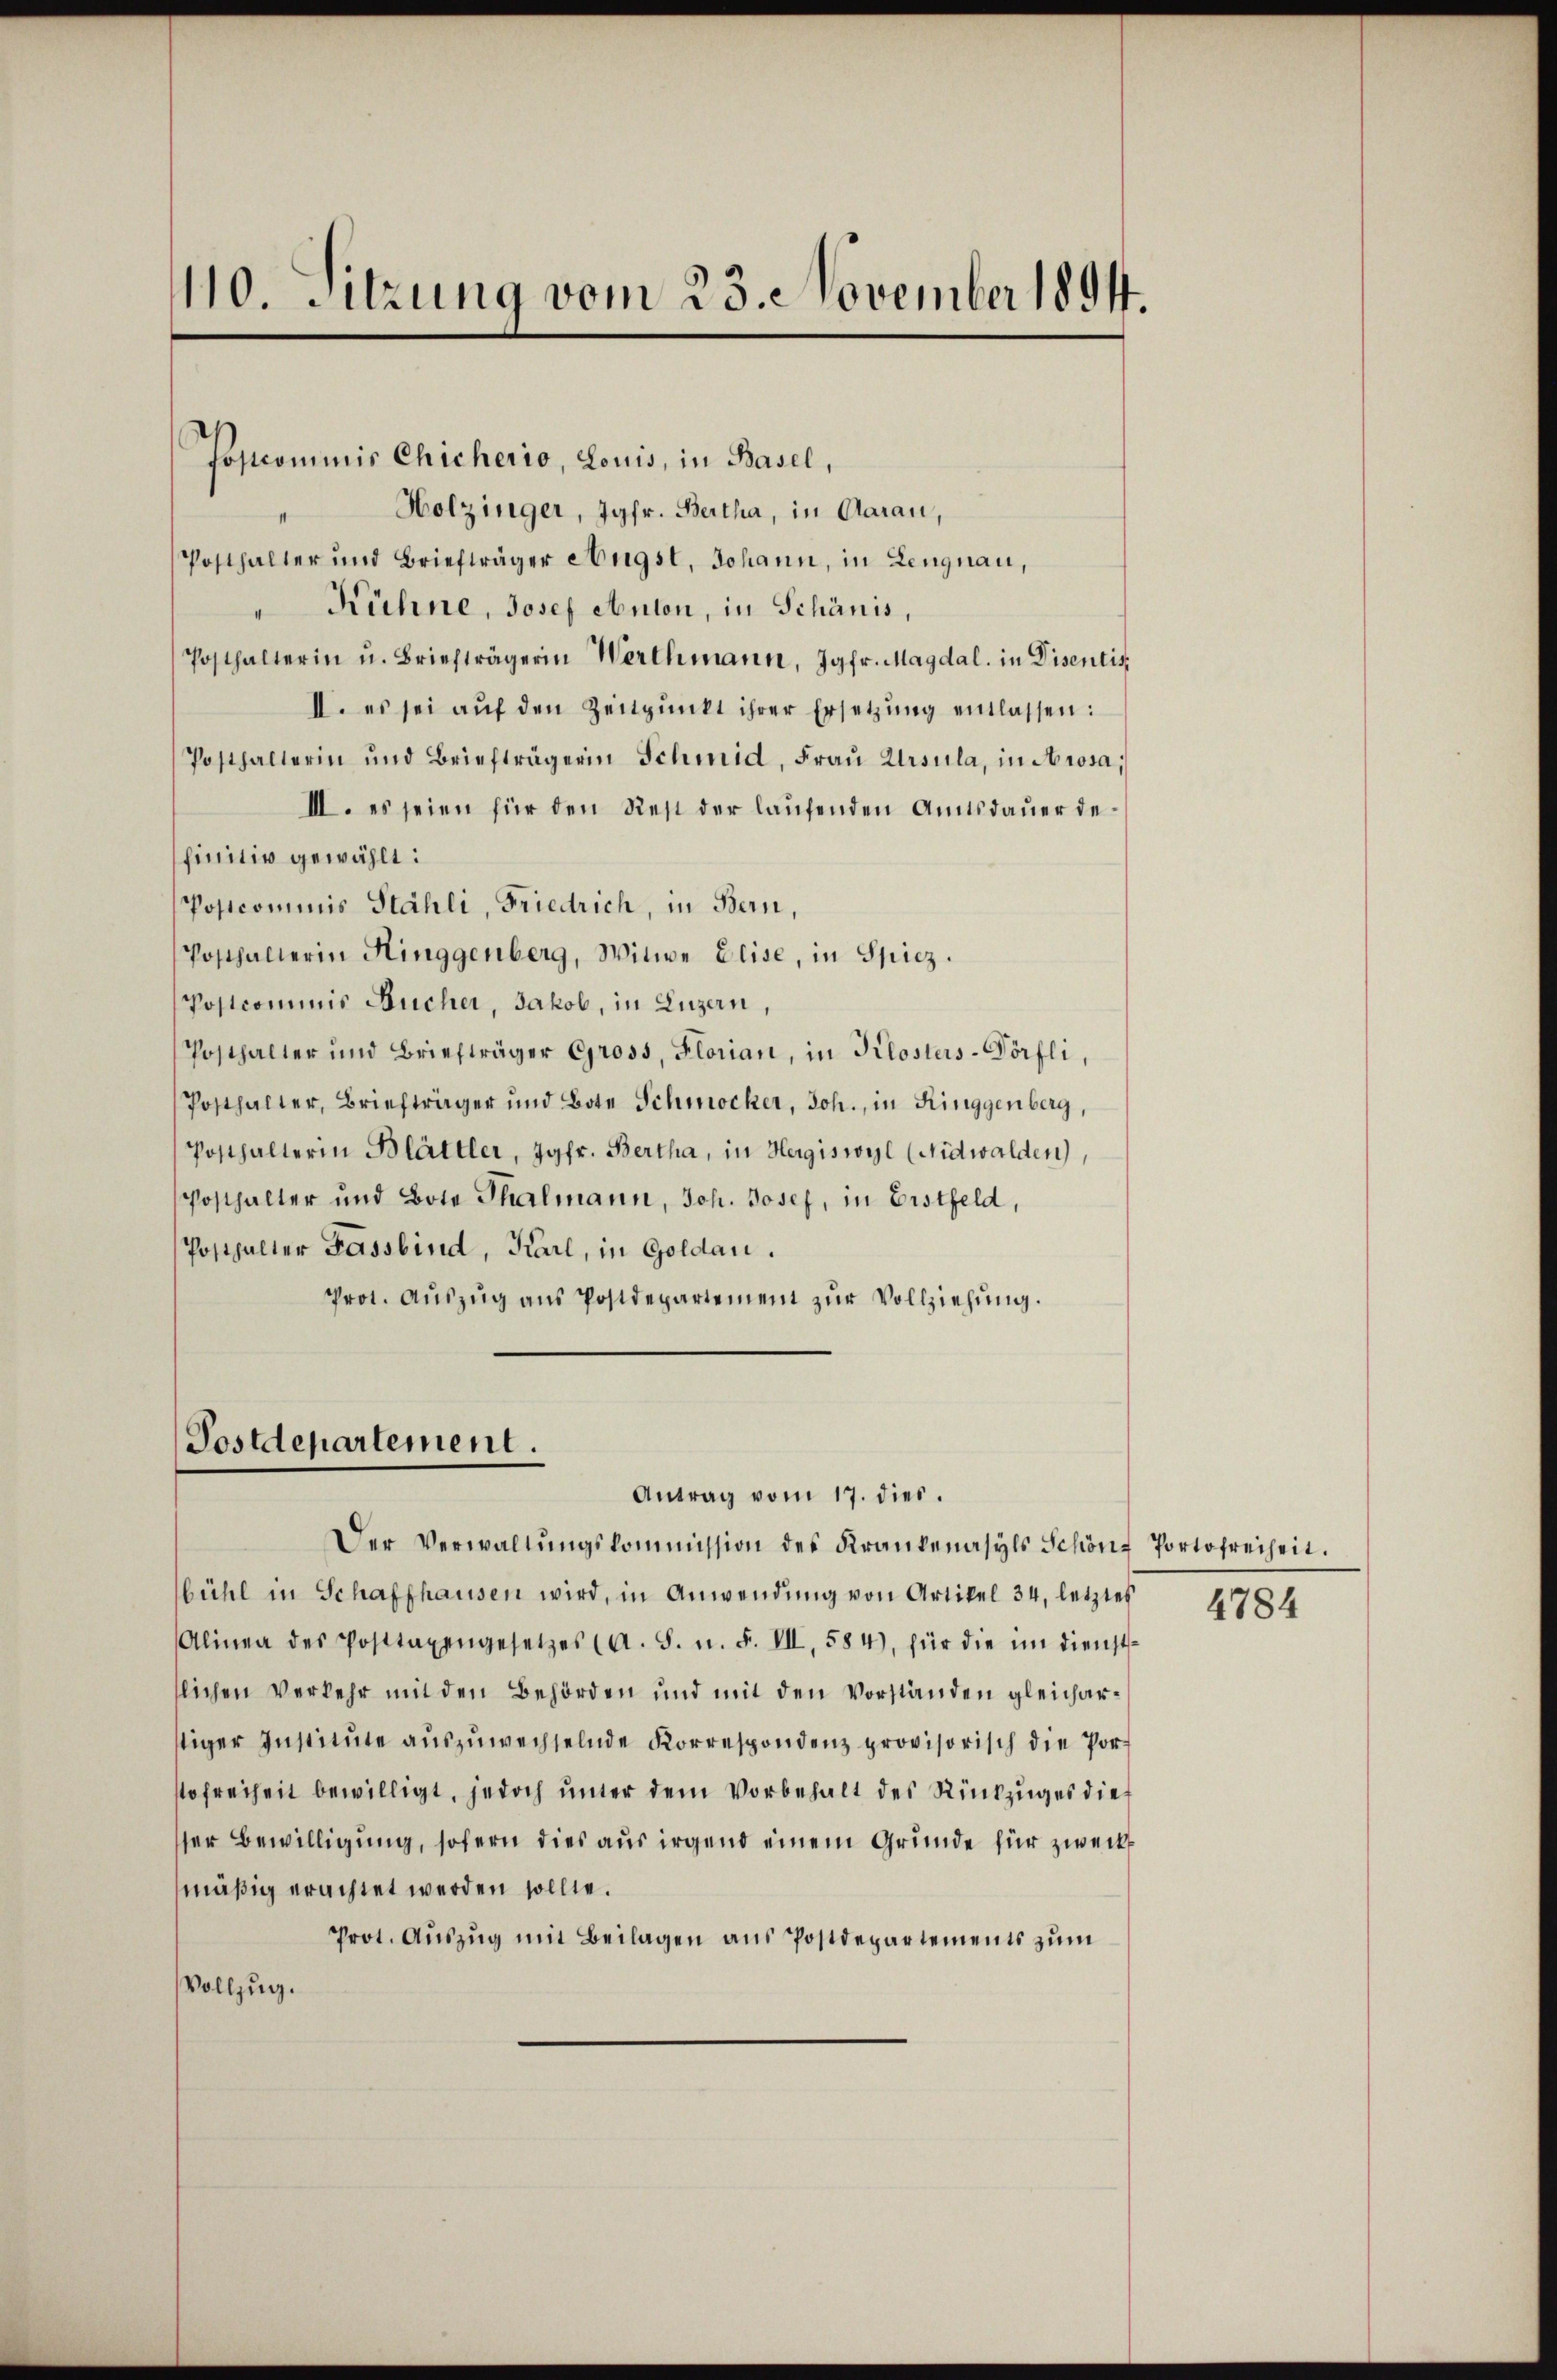
110 Sitzung vom 23. November 1894.

Postcommis Chicherio, Louis, in Basel,
Holzinger, Jgfr. Bertha, in Aarau,
Posthalter und Briefträger Angst, Johann, in Lengnau,
" Hühne, Josef Anton, in Schönis,
Posthalterin u. Briefträgerin Werthmann, Jgfr. Magdal. in Disentis
II. es sei aŭf den Zeitpunkt ihrer Ersetzŭng entlassen:
Posthalterin und Briefträgerin Schmid, Frau Ursula, in Arosa,
III. es seien für den Rest der laufenden Amtsdauer definitiv gewählt:
Postcommis Stähli, Friedrich, in Bern,
Posthalterin Hinggenberg, Witwe Elise, in Spiez.
Postcommis Bucher, Jakob, in Luzern
Posthalter und Briefträger Gross, Florian, in Klosters-Dörfli,
Posthalter, Briefträger und Bote Schmocker, Joh., in Ringgenberg,
Posthalterin Blättler, Jgfr. Bertha, in Hergiswyl (Nidwalden),
Posthalter und Bote Thalmann, Joh. Josef, in Erstfeld,
Posthalter Fassbind, Karl, in Goldau.
Prot. Aŭszŭg ans Postdepartement zŭr Vollziehŭng.

Postdepartement.

Antrag vom 17. dies.
Der Verwaltŭngskommission des Krankenasyls Schöne Portofreiheit.
bühl in Schaffhausen wird, in Anwendung von Artikel 34, letztes
Alinea des Posttagengesetzes (A. S. n. F. VII, 584, für die im Dienst-
lichen Verkehr mit den Behörden und mit den Vorständen gleicharstiger Institute auszuwechselnde Korrespondenz provisorisch die Porstofreiheit bewilligt, jedoch ŭnter dem Vorbehalt des Rückzuges dies
ser Bewilligung, sofern dies aus irgend einem Grunde für zweckmäßig erachtet werden sollte.
Prot. Auszug mit Beilagen aus Postdepartements zum
Vollzug.

4784